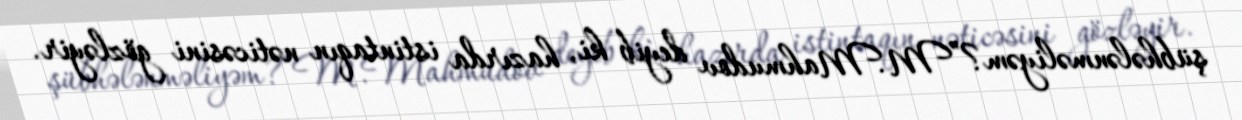
şübhələnməliyəm?”M.Mahmudov deyib ki, hazırda istintaqın nəticəsini gözləyir.